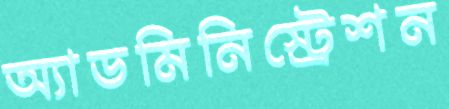
অ্যাডমিনিস্ট্রেশন